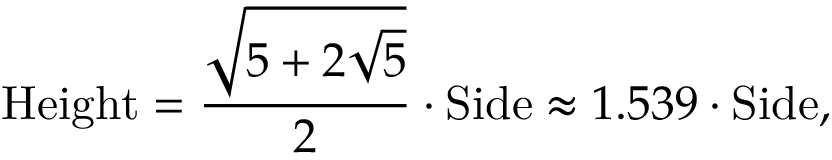
{ \mathrm { H e i g h t } } = { \frac { \sqrt { 5 + 2 { \sqrt { 5 } } } } { 2 } } \cdot { \mathrm { S i d e } } \approx 1 . 5 3 9 \cdot { \mathrm { S i d e } } ,